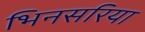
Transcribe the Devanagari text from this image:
भिनसरिया